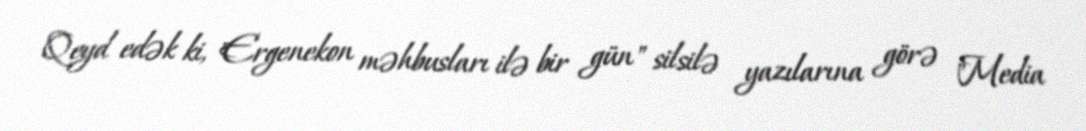
Qeyd edək ki, "Ergenekon məhbusları ilə bir gün" silsilə yazılarına görə "Media